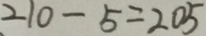
2 1 0 - 5 = 2 0 5